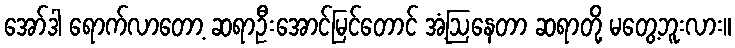
အော်ဒါ ရောက်လာတော့ ဆရာဦးအောင်မြင်တောင် အံ့ဩနေတာ ဆရာတို့ မတွေ့ဘူးလား။